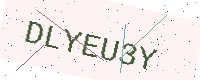
Text: DLYEU3Y